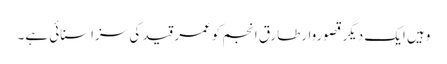
وہیں ایک دیگر قصوروارطارق انجم کوعمر قید کی سزاسنائی ہے۔